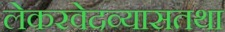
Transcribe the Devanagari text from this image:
लेकरवेदव्यासतथा